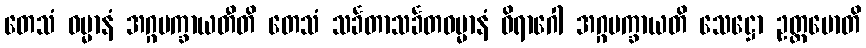
တေသံ ဓမ္မာနံ အဂ္ဂမက္ခာယတီတိ တေသံ သင်္ခတာသင်္ခတဓမ္မာနံ ဝိရာဂေါ အဂ္ဂမက္ခာယတိ သေဋ္ဌော ဥတ္တမောတိ